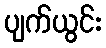
ပျက်ယွင်း